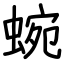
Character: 蜿